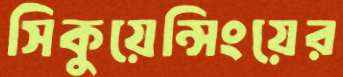
সিকুয়েন্সিংয়ের